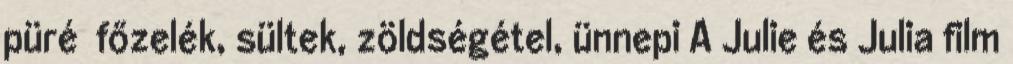
püré főzelék, sültek, zöldségétel, ünnepi A Julie és Julia film